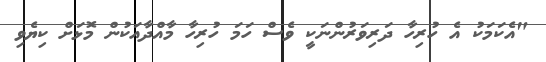
"އެކަމަކު އެ ހުރިހާ ދަރިވަރުންނަކީ ވެސް ހަމަ ހުރިހާ މާއްދާއަކުން މޮޅަށް ކިޔެވި